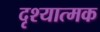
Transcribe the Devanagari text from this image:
दृश्‍यात्‍मक